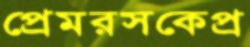
প্রেমরসকেপ্র